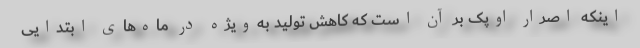
اینکه اصرار اوپک بر آن است که کاهش تولید به‌ویژه در ماه‌های ابتدایی